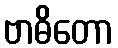
ဗာဓိတော